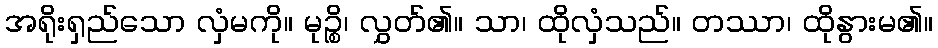
အရိုးရှည်သော လှံမကို။ မုဉ္စိ၊ လွှတ်၏။ သာ၊ ထိုလှံသည်။ တဿာ၊ ထိုနွားမ၏။